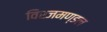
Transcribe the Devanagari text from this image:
विरजमण्डल